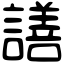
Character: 𧬆